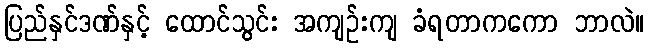
ပြည်နှင်ဒဏ်နှင့် ထောင်သွင်း အကျဉ်းကျ ခံရတာကကော ဘာလဲ။